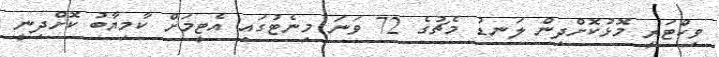
ވިކްޓަރީ މޮޅުކޮށްދިން ލަނޑު މެޗުގެ 72 ވަނަ މިނެޓުގައި އެޓީމަށް ކާމިޔާބު ކޮށްދިނީ